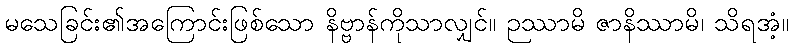
မသေခြင်း၏အကြောင်းဖြစ်သော နိဗ္ဗာန်ကိုသာလျှင်။ ဉဿာမိ ဇာနိဿာမိ၊ သိရအံ့။